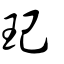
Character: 玘